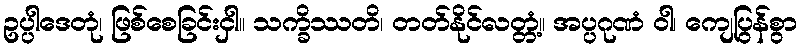
ဥပ္ပါဒေတုံ၊ ဖြစ်စေခြင်းငှါ။ သက္ခိဿတိ၊ တတ်နိုင်လတ္တံ့။ အပ္ပဂုဏံ ဝါ၊ ကျေပြွန်စွာ